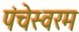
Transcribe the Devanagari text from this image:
पंचेस्वरम